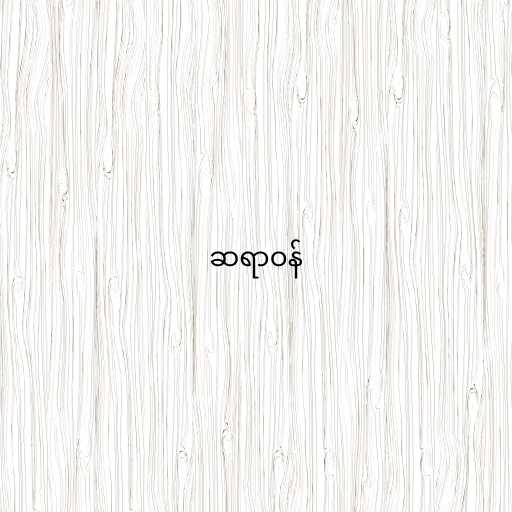
ဆရာဝန်